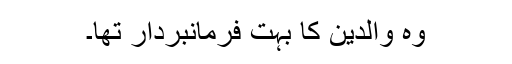
وہ والدین کا بہت فرمانبردار تھا۔